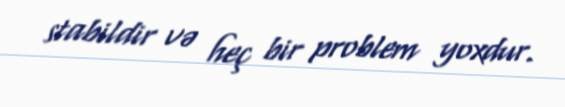
stabildir və heç bir problem yoxdur.